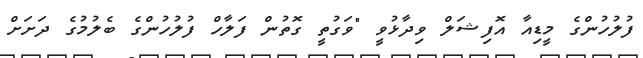
ފުލުހުންގެ މީޑިއާ އޮފިޝަލް ވިދާޅުވީ "ވަގުތީ ގޮތުން ފަލާހް ފުލުހުންގެ ބެލުމުގެ ދަށަށް